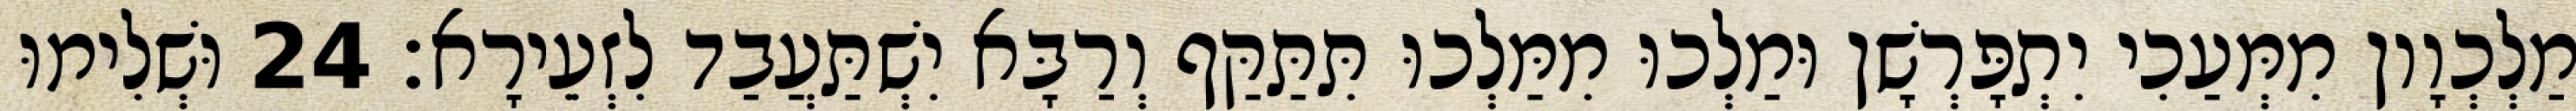
מַלְכְוָון מִמְּעַכִי יִתְפָּרְשָׁן וּמַלְכוּ מִמַּלְכוּ תִּתַּקַּף וְרַבָּא יִשְׁתַּעֲבַד לִזְעֵירָא׃ 24 וּשְׁלִימוּ